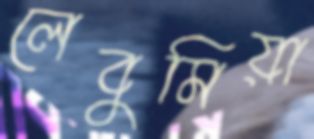
লেবুমিয়া